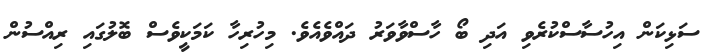
ސަޅިކަން އިހުސާސްކުރެވި އަދި ބޯ ހާސްވާވަރު ދައްވެއެވެ. މިހުރިހާ ކަމަކީވެސް ބޮލުގައި ރިއްސުން